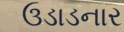
ઉડાડનાર